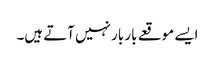
ایسے موقعے بار بار نہیں آتے ہیں۔